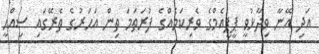
އަދި އޭނާ ވިދާޅުވީ ޕީޕީއެމްގެ ވެރިކަމެއްގެ ފުރަތަމަ ތިން އަހަރުގެ ތެރޭގައި ސިއްހީ